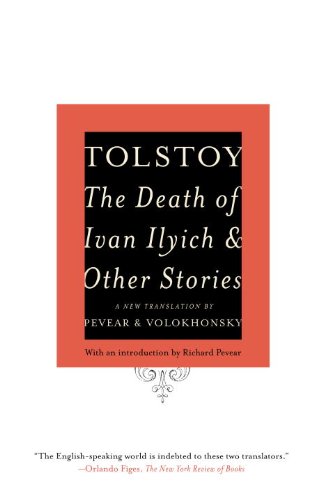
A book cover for The Death of Ivan Ilyich and Other Stories (Vintage Classics); Leo Tolstoy; Literature & Fiction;